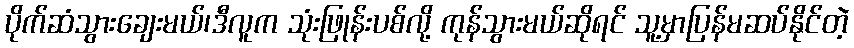
ပိုက်ဆံသွားချေးမယ်၊ဒီလူက သုံးဖြုန်းပစ်လို့ ကုန်သွားမယ်ဆိုရင် သူ့မှာပြန်မဆပ်နိုင်တဲ့